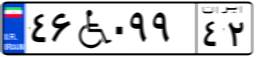
۸۲W۰۲۲۶۲